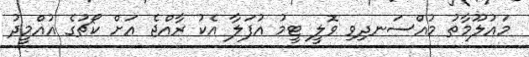
މައުލޫމާތު މުއްސަނދިވި ވޮލީ ޓީމު އުފަލާ އެކު ރާއްޖެ އަށް ކޯޗުގެ އުއްމީދު